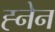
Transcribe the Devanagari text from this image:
ह्नेन